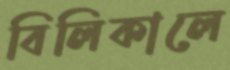
বিলিকালে